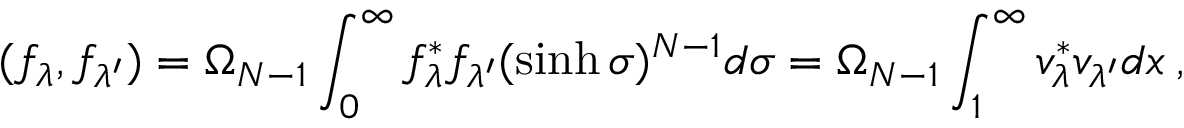
( f _ { \lambda } , f _ { \lambda ^ { \prime } } ) = \Omega _ { N - 1 } \int _ { 0 } ^ { \infty } f _ { \lambda } ^ { * } f _ { \lambda ^ { \prime } } ( \sinh \sigma ) ^ { N - 1 } d \sigma = \Omega _ { N - 1 } \int _ { 1 } ^ { \infty } v _ { \lambda } ^ { * } v _ { \lambda ^ { \prime } } d x \: , \nonumber